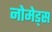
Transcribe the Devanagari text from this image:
नोमेड्स